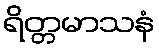
ရိတ္တမာသနံ